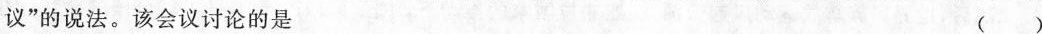
议”的说法。该会议讨论的是 ( )